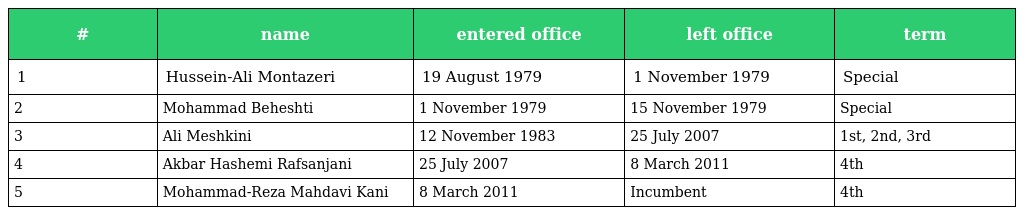
| # | name | entered office | left office | term |
 | --- | --- | --- | --- | --- |
 | 1 | Hussein-Ali Montazeri | 19 August 1979 | 1 November 1979 | Special |
 | 2 | Mohammad Beheshti | 1 November 1979 | 15 November 1979 | Special |
 | 3 | Ali Meshkini | 12 November 1983 | 25 July 2007 | 1st, 2nd, 3rd |
 | 4 | Akbar Hashemi Rafsanjani | 25 July 2007 | 8 March 2011 | 4th |
 | 5 | Mohammad-Reza Mahdavi Kani | 8 March 2011 | Incumbent | 4th |